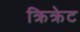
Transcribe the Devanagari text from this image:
क्रिक्रेट